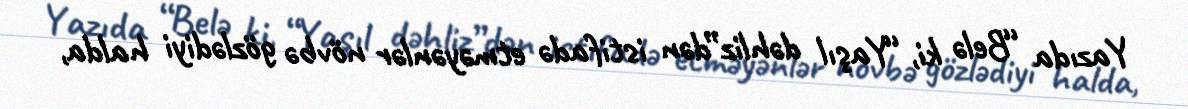
Yazıda “Belə ki, “Yaşıl dəhliz”dən istifadə etməyənlər növbə gözlədiyi halda,